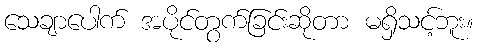
သေချာပေါက် အပိုင်တွက်ခြင်းဆိုတာ မရှိသင့်ဘူး။